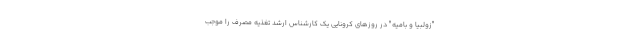
"زولبیا و بامیه" در روزهای کرونایی یک کارشناس ارشد تغذیه مصرف را موجب